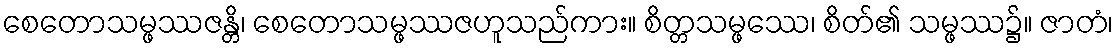
စေတောသမ္ဖဿဇန္တိ၊ စေတောသမ္ဖဿဇဟူသည်ကား။ စိတ္တသမ္ဖဿေ၊ စိတ်၏ သမ္ဖဿ၌။ ဇာတံ၊